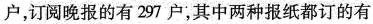
户，订阅晚报的有297户，其中两种报纸都订的有